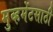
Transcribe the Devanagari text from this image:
मुव्हमेंटसाठी